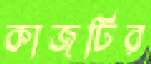
কাজটির